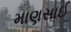
માણસાઈ